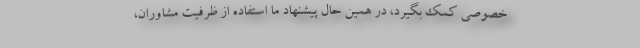
خصوصی کمک بگیرد، در همین حال پیشنهاد ما استفاده از ظرفیت مشاوران،